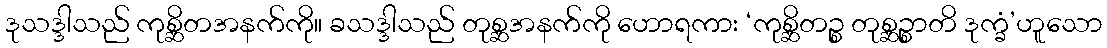
ဒုသဒ္ဒါသည် ကုစ္ဆိတအနက်ကို။ ခသဒ္ဒါသည် တုစ္ဆအနက်ကို ဟောရကား ‘ကုစ္ဆိတဉ္စ တုစ္ဆဉ္စာတိ ဒုက္ခံ’ဟူသော